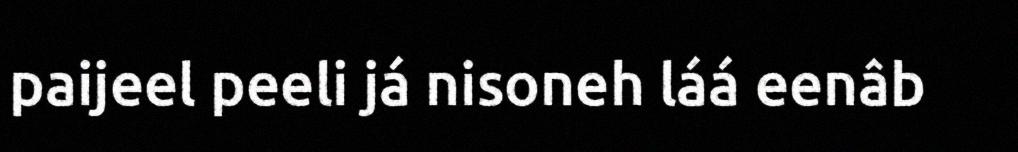
paijeel peeli já nisoneh láá eenâb